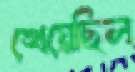
খেয়েছিল